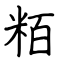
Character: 粨